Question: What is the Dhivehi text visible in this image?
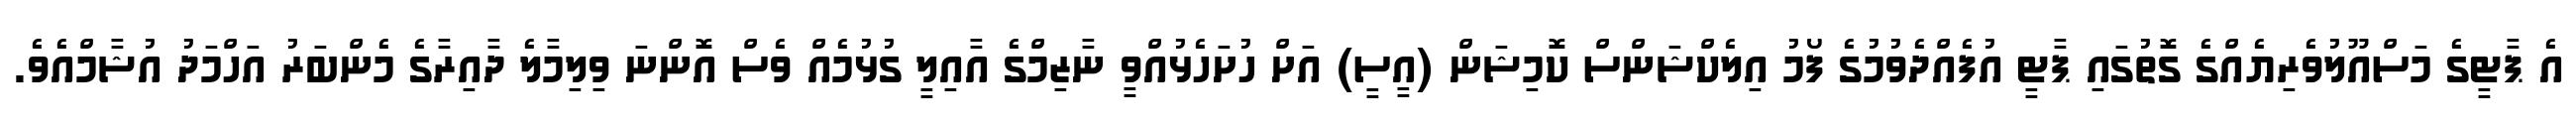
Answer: އެ ޕާޓީގެ މަސްއޫލުވެރިޔެއްގެ ގޮތުގައި ޕާޓީ އުފެއްދެވުމުގެ ފޯމު އިލެކްޝަންސް ކޮމިޝަން (އީސީ) އަށް ހުށަހެޅުއްވީ ނާޒިމްގެ އާއިލީ ގުޅުމެއް ވެސް އޮންނަ ވިލިމާލެ ދާއިރާގެ މެންބަރު އަހްމަދު އުޝާމްއެވެ.